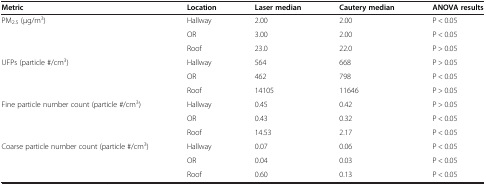
| Metric | Location | Laser median | Cautery median | ANOVA results |
 | --- | --- | --- | --- | --- |
 | <ROWSPAN=3> PM2.5 (μg/m3) | Hallway | 2.00 | 2.00 | P < 0.05 |
 | OR | 3.00 | 2.00 | P < 0.05 |
 | Roof | 23.0 | 22.0 | P > 0.05 |
 | <ROWSPAN=3> UFPs (particle #/cm3) | Hallway | 564 | 668 | P > 0.05 |
 | OR | 462 | 798 | P < 0.05 |
 | Roof | 14105 | 11646 | P > 0.05 |
 | <ROWSPAN=3> Fine particle number count (particle #/cm3) | Hallway | 0.45 | 0.42 | P > 0.05 |
 | OR | 0.43 | 0.32 | P < 0.05 |
 | Roof | 14.53 | 2.17 | P < 0.05 |
 | <ROWSPAN=3> Coarse particle number count (particle #/cm3) | Hallway | 0.07 | 0.06 | P < 0.05 |
 | OR | 0.04 | 0.03 | P < 0.05 |
 | Roof | 0.60 | 0.13 | P < 0.05 |